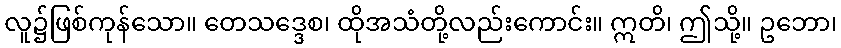
လူ၌ဖြစ်ကုန်သော။ တေသဒ္ဒေစ၊ ထိုအသံတို့လည်းကောင်း။ ဣတိ၊ ဤသို့။ ဥဘော၊